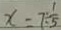
x = 7 \div \frac { 1 } { 5 }